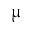
\upmu